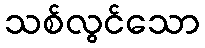
သစ်လွင်သော